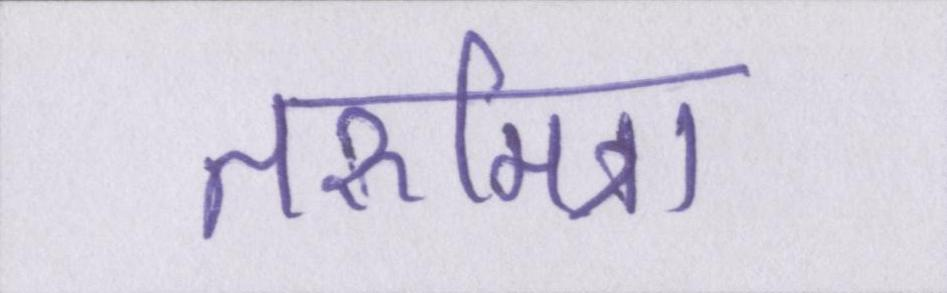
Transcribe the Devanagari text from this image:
तरूमित्रा